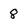
Character: 8